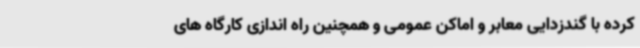
کرده با گندزدایی معابر و اماکن عمومی و همچنین راه اندازی کارگاه های